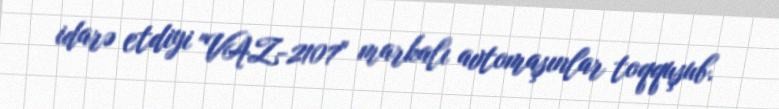
idarə etdiyi "VAZ-2107" markalı avtomaşınlar toqquşub.